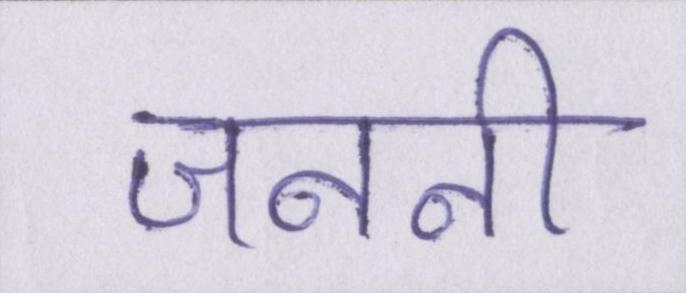
जननी